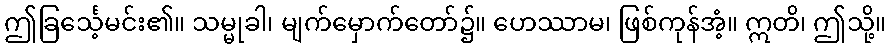
ဤခြင်္သေ့မင်း၏။ သမ္မုခါ၊ မျက်မှောက်တော်၌။ ဟေဿာမ၊ ဖြစ်ကုန်အံ့။ ဣတိ၊ ဤသို့။